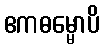
ဧကဓမ္မောပိ